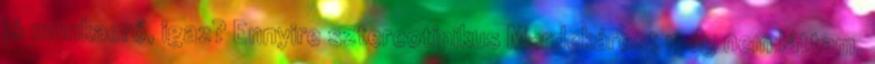
jó munkaerő, igaz? Ennyire sztereotipikus Mardekárost még nem láttam,